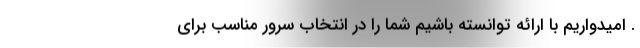
. امیدواریم با ارائه توانسته باشیم شما را در انتخاب سرور مناسب برای